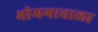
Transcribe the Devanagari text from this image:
भोमगावाला